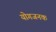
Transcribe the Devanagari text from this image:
योगजनक